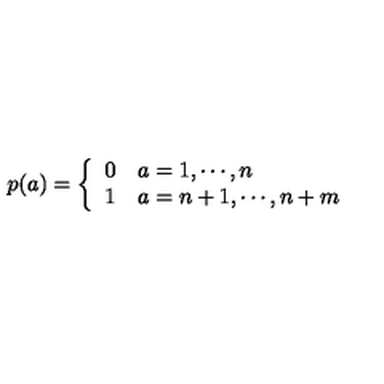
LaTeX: p ( a ) = \left\{ \begin{array} { l l } { 0 } & { a = 1 , \cdots , n } \\ { 1 } & { a = n + 1 , \cdots , n + m } \\ \end{array} \right.